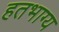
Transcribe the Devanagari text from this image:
हतभाग्य